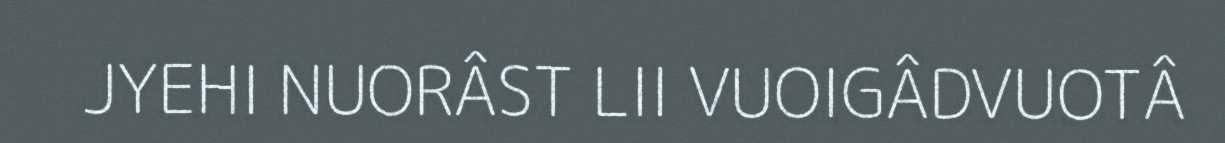
JYEHI NUORÂST LII VUOIGÂDVUOTÂ